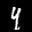
Label: 4